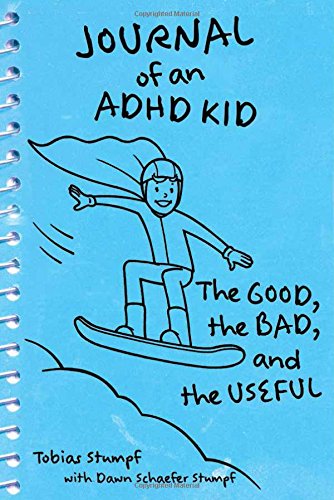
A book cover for Journal of an ADHD Kid: The Good, the Bad, and the Useful; Tobias Stumpf; Health, Fitness & Dieting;